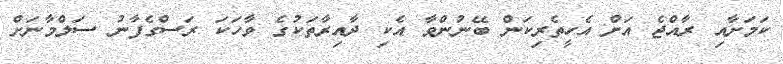
ކަމަށާއި ރާއްޖެ އަށް އެހީތެރިކަން ބޭނުންވާ އެކި ދާއިރާތަކުގެ ވާހަކަ ރަސްގެފާނު ސަލްމާނަށް